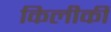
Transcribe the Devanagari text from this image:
किलीकी